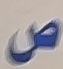
ص